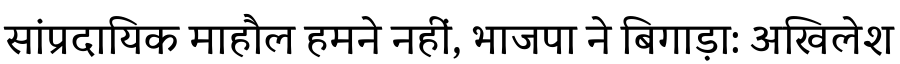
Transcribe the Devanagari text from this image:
सांप्रदायिक माहौल हमने नहीं, भाजपा ने बिगाड़ा: अखिलेश